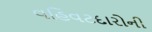
વહિવટદારોની